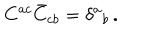
C ^ { a c } \bar { C } _ { c b } = \delta ^ { a } { } _ { b } \, .